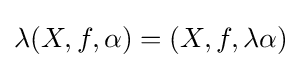
\lambda (X,f,\alpha )=(X,f,\lambda \alpha )